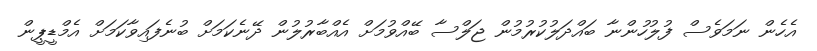
އެހެން ނަމަވެސް ފުލުހުންނާ ބައްދަލުކުރުމުން ޖަލްސާ ބޭއްވުމަށް އެއްބާރުލުން ދޭނެކަމަށް ބުނެފައިވާކަމަށް އެމްޑީޕީން